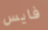
فايس